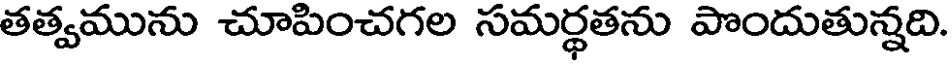
తత్వమును చూపించగల సమర్థతను పొందుతున్నది.